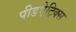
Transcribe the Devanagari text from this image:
पीडऐट्रिक्स